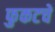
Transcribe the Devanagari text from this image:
फुकटचे